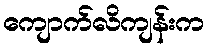
ကျောက်လိကျန်းက